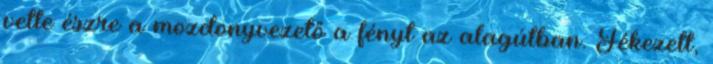
vette észre a mozdonyvezető a fényt az alagútban. Fékezett,